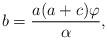
LaTeX: \begin{align*} b=\frac{a(a+c)\varphi}{\alpha},\end{align*}